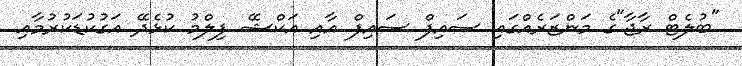
"ބުލެޓް ރާޖާ"ގެ މަންޒަރެއްގައި ސައިފް ސައިފް އާއި އަކްޝޭ ފިލްމު ކުޅެދޭ އަގުކުޑަކުރުމާއި